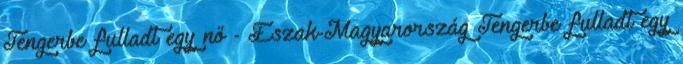
Tengerbe fulladt egy nő - Észak-Magyarország Tengerbe fulladt egy